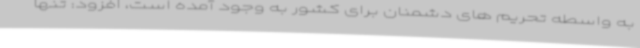
به واسطه تحریم های دشمنان برای کشور به وجود آمده است، افزود: تنها